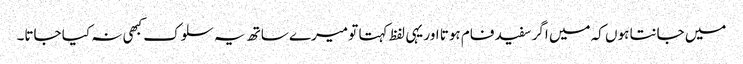
میں جانتا ہوں کہ میں اگر سفید فام ہوتا اور یہی لفظ کہتا تو میرے ساتھ یہ سلوک کبھی نہ کیا جاتا۔